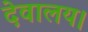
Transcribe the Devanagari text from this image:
देवालय।